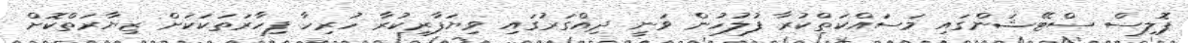
ޕޮލިސް ސްޓޭޝަންގައި މަސައްކަތްކުރާ ފުލުހުން ވަނީ ދިއްގަރުގައި ވިޔަފާރިކުރާ ހުރިހާ ފިހާރަތަކަކަށް ޒިޔާރަތްކޮށް